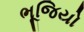
ભૂજિયો